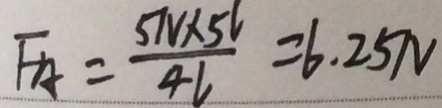
F _ { A } = \frac { 5 N \times 5 l } { 4 L } = 6 . 2 5 N